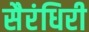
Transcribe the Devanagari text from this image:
सैरंधिरी